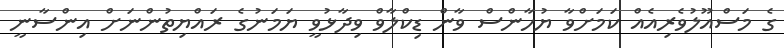
ގެ މަސްއޫލުވެރިއެއް ކަމަށްވާ ޔުހާންސް ވާން ޑިކްލާވް ވިދާޅުވީ ޔަމަނުގެ ރައްޔިތުންނަށް އިންސާނީ